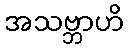
အသဗ္ဘာဟိ